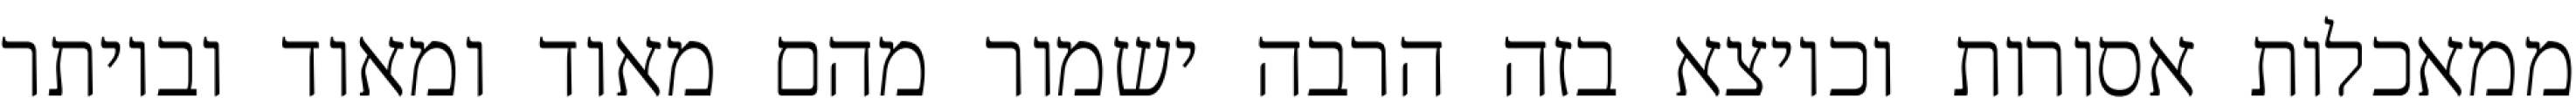
ממאכלות אסורות וכיוצא בזה הרבה ישמור מהם מאוד ומאוד וביותר